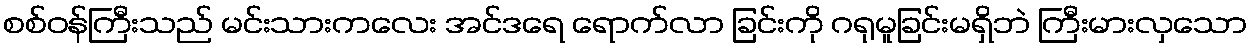
စစ်ဝန်ကြီးသည် မင်းသားကလေး အင်ဒရေ ရောက်လာ ခြင်းကို ဂရုမူခြင်းမရှိဘဲ ကြီးမားလှသော